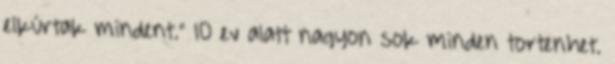
elkúrtak mindent." 10 ev alatt nagyon sok minden tortenhet.